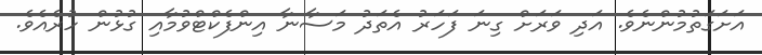
އަށަގަތުމުންނެވެ. އަދި ވަރަށް ގިނަ ފަހަރު އެތަދު މަސާނާ އިންފެކްޓްވުމާއި ގުޅުން ހުރެއެވެ.